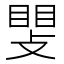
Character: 𫿊